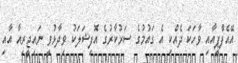
އޭއެފްޕީއާއި ވާހަކަ ދެއްކި އެ ގައުމުގެ ސަރުކާރުގެ އޮފިޝަލަކު ވިދާޅުވީ ނައިޖީރިއާ އާއި